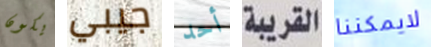
يكون جيبي أحد القريبة لايمكننا